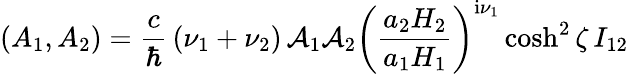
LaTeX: \left(A_{1},A_{2}\right)=\frac{c}{\hbar}\, (\nu_{1}+\nu_{2})\, {\cal A}_{1}{\cal A}_{2}\left(\frac{a_{2}H_{2}}{a_{1}H_{1}}\right)^{\mathrm{i}\nu_{1}}\cosh^{2}\zeta\, I_{12}